Scottish Education Department, 1936
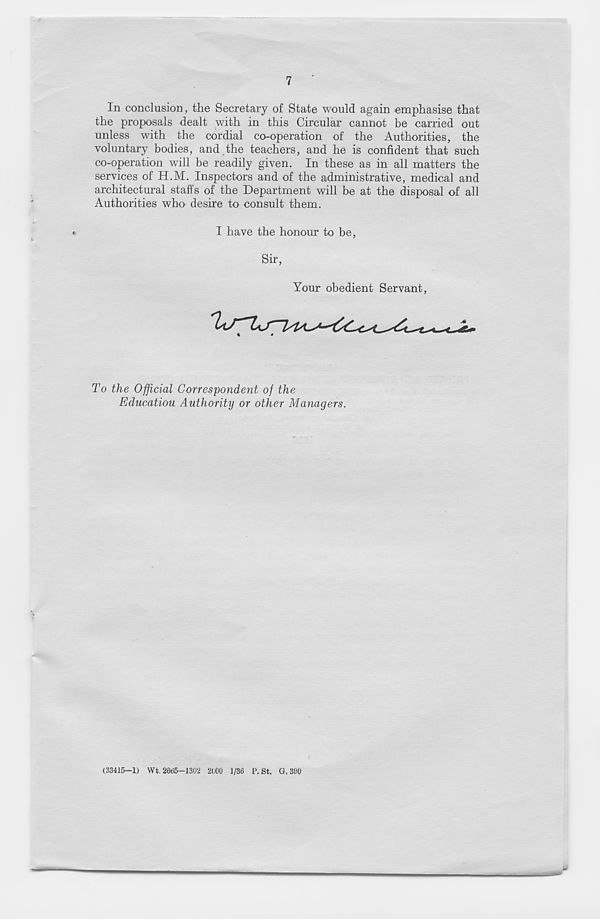
7
In conclusion, the Secretary of State would again emphasise that
the proposals dealt with in this Circular cannot be carried out
unless with the cordial co-operation of the Authorities, the
voluntary bodies, and the teachers, and he is confident that such
co-operation will be readily given. In these as in all matters the
services of H.M. Inspectors and of the administrative, medical and
architectural staffs of the Department will be at the disposal of all
Authorities who desire to consult them.
«
I have the honour to be,
Sir,
Your obedient Servant,
To the Official Correspondent of the
Education Authority or other Managers.
(33415—1) Wt. 26(55—1302 2000 1/36 P. St. G.390